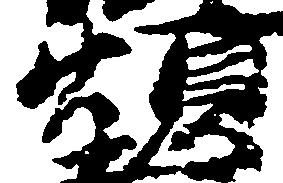
煩